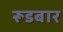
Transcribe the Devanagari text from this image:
रूडबार